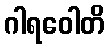
ဂါရဝေါတိ